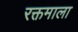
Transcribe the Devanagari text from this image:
रक्तमाला